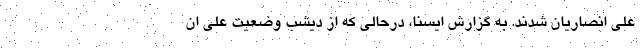
علی انصاریان شدند. به گزارش ایسنا، درحالی که از دیشب وضعیت علی ان